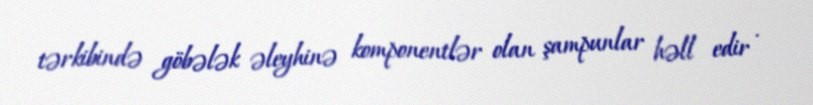
tərkibində göbələk əleyhinə komponentlər olan şampunlar həll edir .